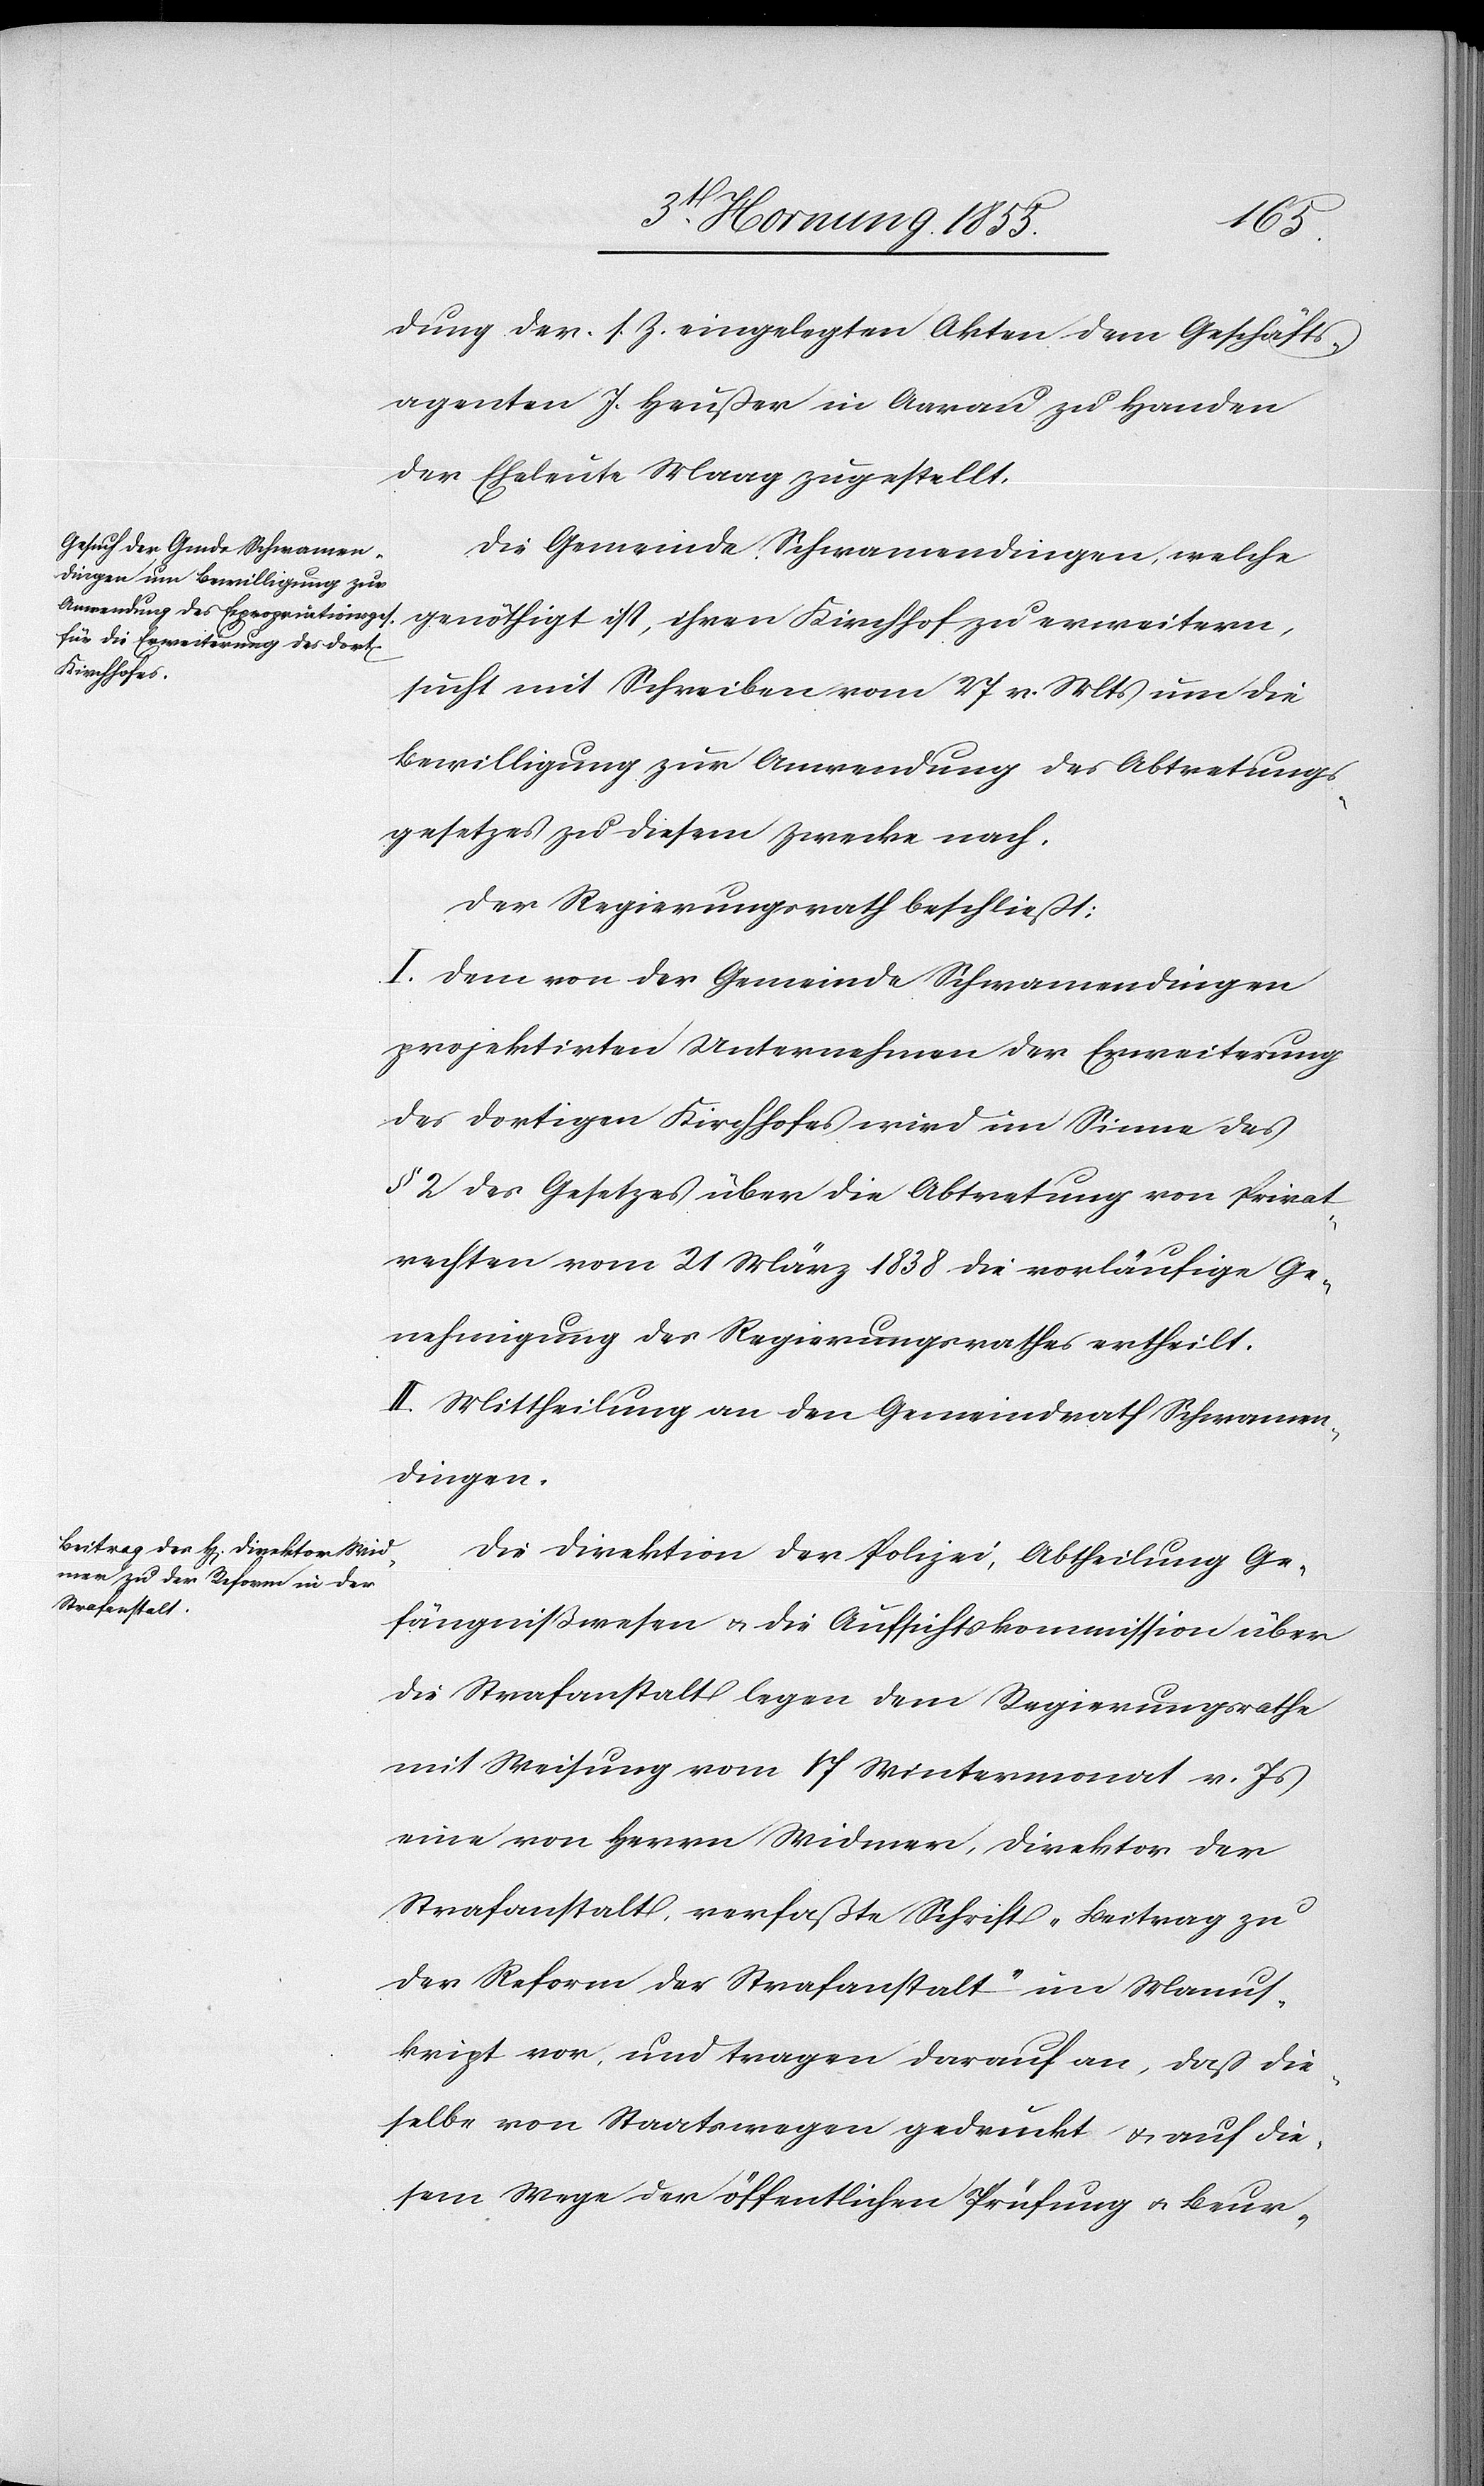
dung der s. Z. eingelegten Akten dem Geschäfts¬
agenten J. Heußer in Aarau zu Handen
der Eheleute Maag zugestellt.
Die Gemeinde Schwamendingen, welche
genöthigt ist, ihren Kirchhof zu erweitern,
sucht mit Schreiben vom 27 v. Mts um die
Bewilligung zur Anwendung des Abtretungs¬
gesetzes zu diesem Zwecke nach.
Der Regierungsrath beschließt:
I. Dem von der Gemeinde Schwamendingen
projektirten Unternehmen der Erweiterung
des dortigen Kirchhofes wird im Sinne des
§ 2 des Gesetzes über die Abtretung von Privat¬
rechten vom 21 März 1838 die vorläufige Ge¬
nehmigung des Regierungsrathes ertheilt.
II. Mittheilung an den Gemeindrath Schwamen¬
dingen.
Die Direktion der Polizei, Abtheilung Ge¬
fängnißwesen & die Aufsichtskommission über
die Strafanstalt legen dem Regierungsrathe
mit Weisung vom 17 Wintermonat v. Js
eine von Herrn Widmer, Direktor der
Strafanstalt, verfaßte Schrift „Beitrag zu
der Reform der Strafanstalt“ im Manus¬
kript vor, und tragen darauf an, dass die¬
selbe von Staatswegen gedruckt & auf die¬
sem Wege der öffentlichen Prüfung & Beur-